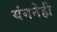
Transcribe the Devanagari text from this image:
यंगनेही